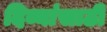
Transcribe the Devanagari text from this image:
दिव्यांसाठी